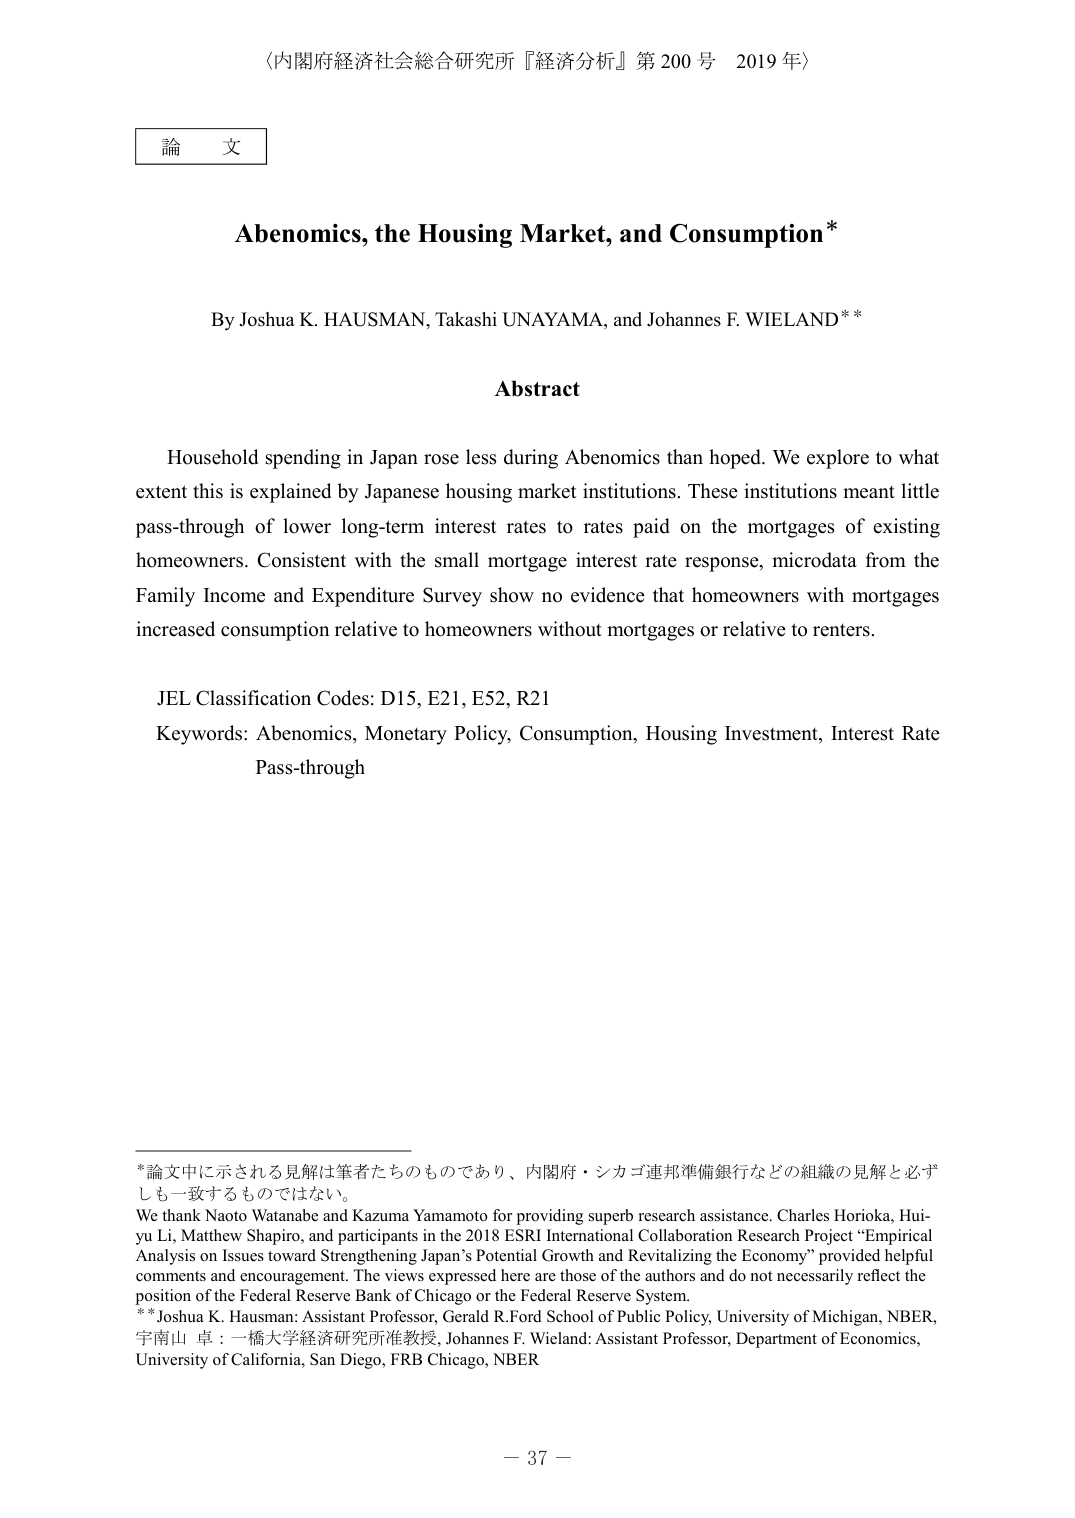
〈内閣府経済社会総合研究所『経済分析』第200号 2019年〉

論文

Abenomics, the Housing Market, and Consumption*

By Joshua K. HAUSMAN, Takashi UNAYAMA, and Johannes F. WIELAND**

Abstract

Household spending in Japan rose less during Abenomics than hoped. We explore to what extent this is explained by Japanese housing market institutions. These institutions meant little pass-through of lower long-term interest rates to rates paid on the mortgages of existing homeowners. Consistent with the small mortgage interest rate response, microdata from the Family Income and Expenditure Survey show no evidence that homeowners with mortgages increased consumption relative to homeowners without mortgages or relative to renters.

JEL Classification Codes: D15, E21, E52, R21
Keywords: Abenomics, Monetary Policy, Consumption, Housing Investment, Interest Rate Pass-through

*論文中に示される見解は筆者たちのものであり、内閣府・シカゴ連邦準備銀行などの組織の見解と必ずしも一致するものではない。
We thank Naoto Watanabe and Kazuma Yamamoto for providing superb research assistance. Charles Horioka, Hui-yu Li, Matthew Shapiro, and participants in the 2018 ESRI International Collaboration Research Project “Empirical Analysis on Issues toward Strengthening Japan’s Potential Growth and Revitalizing the Economy” provided helpful comments and encouragement. The views expressed here are those of the authors and do not necessarily reflect the position of the Federal Reserve Bank of Chicago or the Federal Reserve System.
**Joshua K. Hausman: Assistant Professor, Gerald R.Ford School of Public Policy, University of Michigan, NBER, 宇南山 卓：一橋大学経済研究所准教授, Johannes F. Wieland: Assistant Professor, Department of Economics, University of California, San Diego, FRB Chicago, NBER

－37－